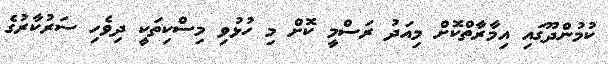
ކުމުންދޫގައި އިމާރާތްކޮށް މިއަދު ރަސްމީ ކޮށް މި ހުޅުވި މިސްކިތަކީ ދިވެހި ސަރުކާރުގެ